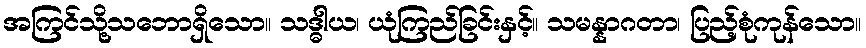
အကြင်သို့သဘောရှိသော။ သဒ္ဓါယ၊ ယုံကြည်ခြင်းနှင့်။ သမန္နာဂတာ၊ ပြည့်စုံကုန်သော။